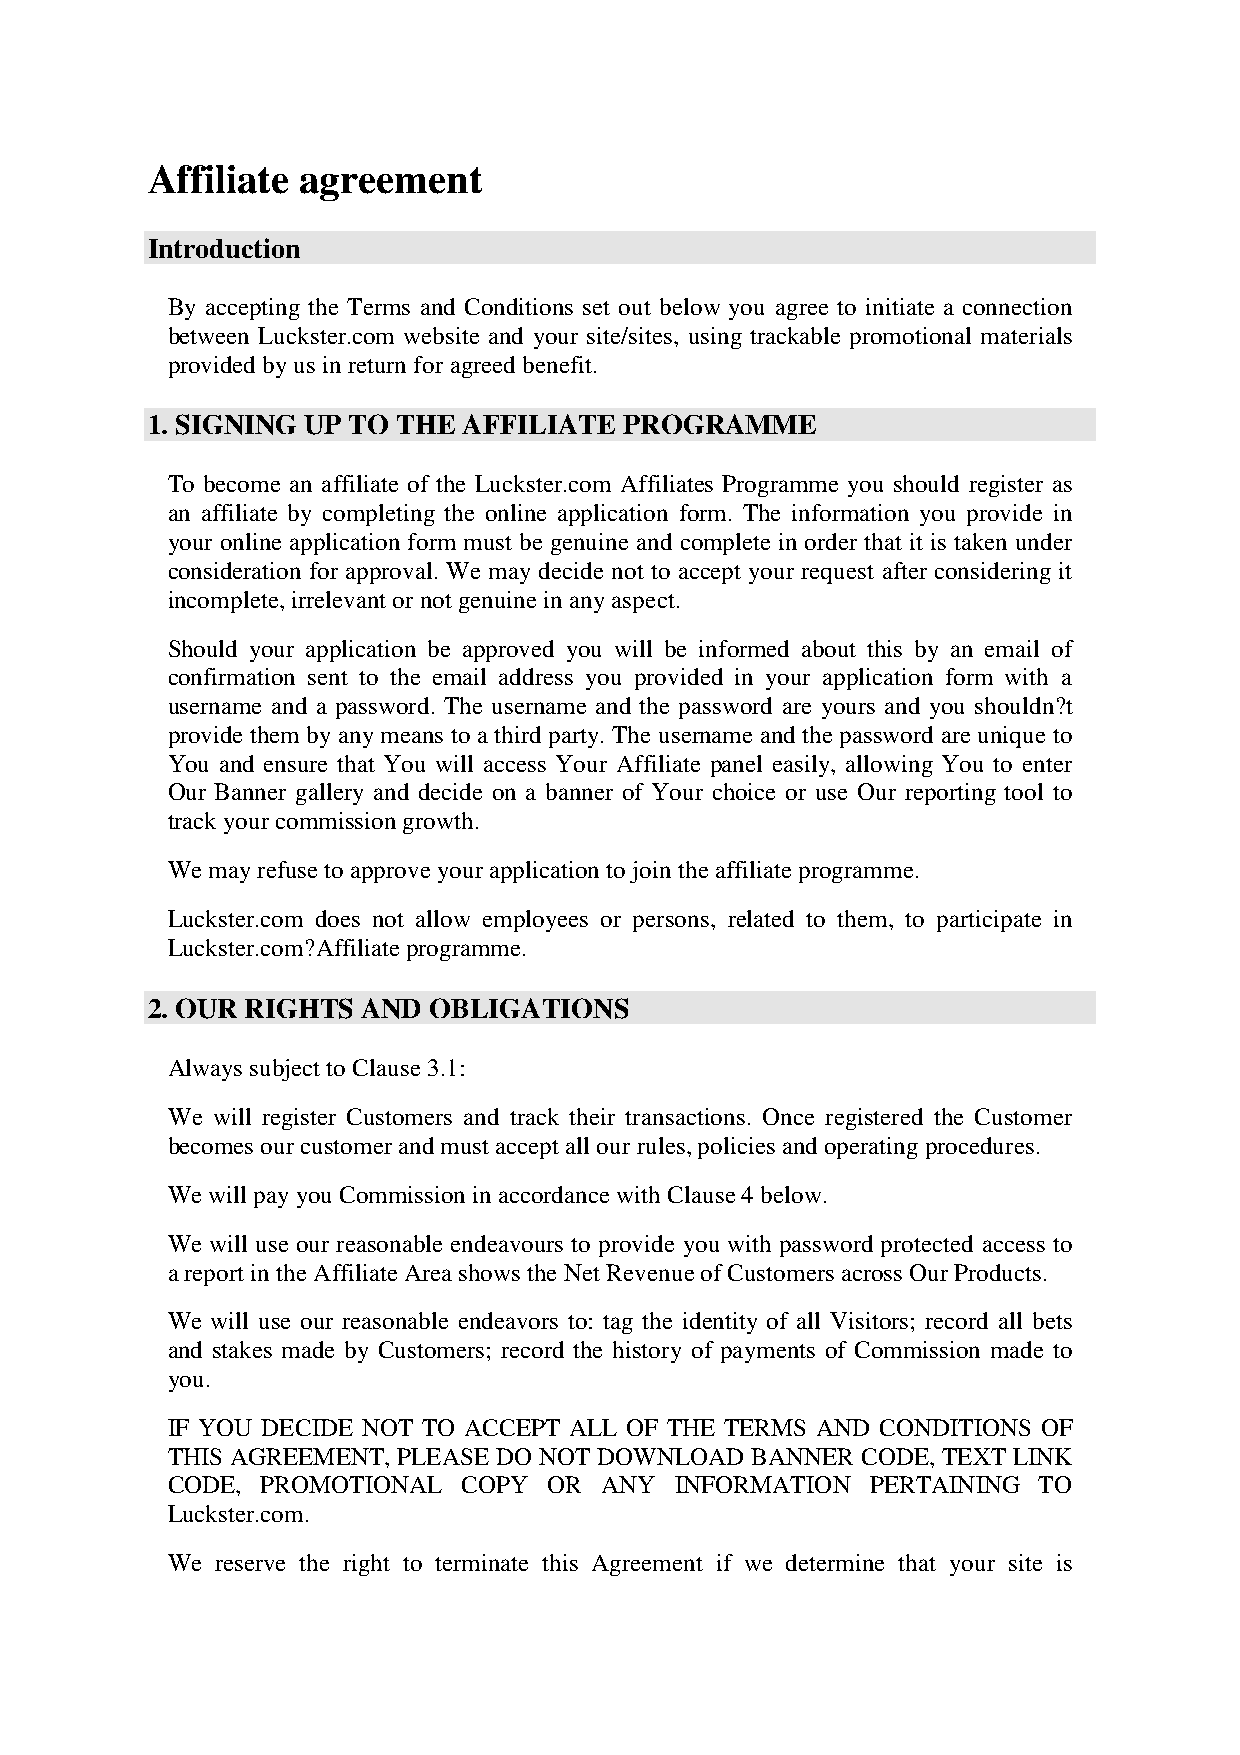
Affiliate agreement
 Introduction
 By accepting the Terms and Conditions set out below you agree to initiate a connection
 between Luckster.com website and your site/sites, using trackable promotional materials
 provided by us in return for agreed benefit.
 1. SIGNING UP TO THE AFFILIATE PROGRAMME
 To become an affiliate of the Luckster.com Affiliates Programme you should register as
 an affiliate by completing the online application form. The information you provide in
 your online application form must be genuine and complete in order that it is taken under
 consideration for approval. We may decide not to accept your request after considering it
 incomplete, irrelevant or not genuine in any aspect.
 Should your application be approved you will be informed about this by an email of
 confirmation sent to the email address you provided in your application form with a
 username and a password. The username and the password are yours and you shouldn?t
 provide them by any means to a third party. The username and the password are unique to
 You and ensure that You will access Your Affiliate panel easily, allowing You to enter
 Our Banner gallery and decide on a banner of Your choice or use Our reporting tool to
 track your commission growth.
 We may refuse to approve your application to join the affiliate programme.
 Luckster.com does not allow employees or persons, related to them, to participate in
 Luckster.com?Affiliate programme.
 2. OUR RIGHTS AND OBLIGATIONS
 Always subject to Clause 3.1:
 We will register Customers and track their transactions. Once registered the Customer
 becomes our customer and must accept all our rules, policies and operating procedures.
 We will pay you Commission in accordance with Clause 4 below.
 We will use our reasonable endeavours to provide you with password protected access to
 a report in the Affiliate Area shows the Net Revenue of Customers across Our Products.
 We will use our reasonable endeavors to: tag the identity of all Visitors; record all bets
 and stakes made by Customers; record the history of payments of Commission made to
 you.
 IF YOU DECIDE NOT TO ACCEPT ALL OF THE TERMS AND CONDITIONS OF
 THIS AGREEMENT, PLEASE DO NOT DOWNLOAD BANNER CODE, TEXT LINK
 CODE, PROMOTIONAL   COPY OR  ANY  INFORMATION  PERTAINING TO
 Luckster.com.
 We reserve the right to terminate this Agreement if we determine that your site is